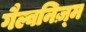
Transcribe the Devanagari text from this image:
गैल्वनिज़्म